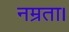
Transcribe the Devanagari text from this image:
नम्रता।